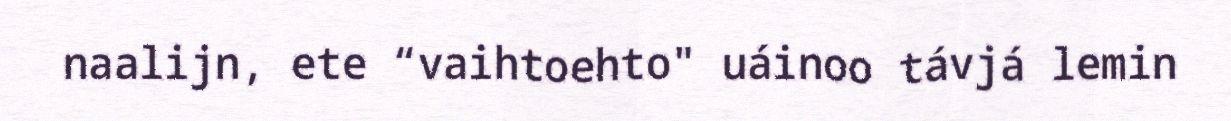
naalijn, ete “vaihtoehto" uáinoo távjá lemin